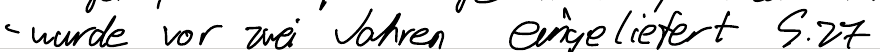
- wurde vor zwei Jahren eingeliefert (S.27)